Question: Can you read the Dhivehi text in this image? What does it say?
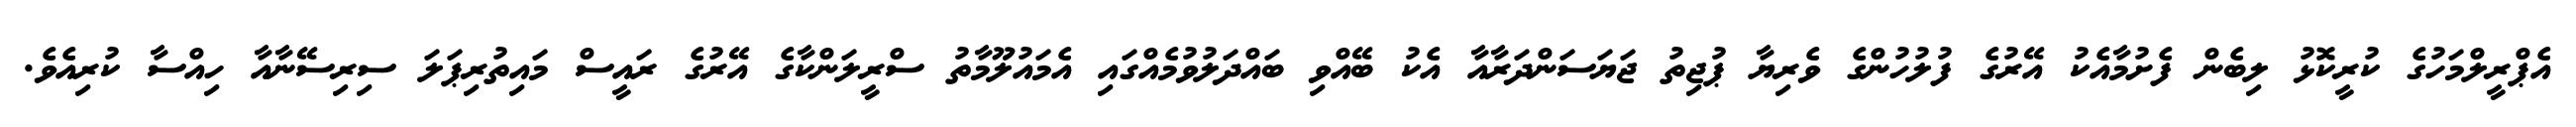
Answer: އެޕްރީލްމަހުގެ ކުރީކޮޅު ލިބެން ފެށުމާއެކު އޭރުގެ ފުލުހުންގެ ވެރިޔާ ޕުޖިތު ޖަޔަސަންދަރާއާ އެކު ބޭއްވި ބައްދަލުވުމެއްގައި އެމައުލޫމާތު ސްރީލަންކާގެ އޭރުގެ ރައީސް މައިތުރިޕަލަ ސިރިސޭނާއާ ހިއްސާ ކުރިއެވެ.